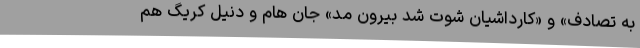
به تصادف» و «کارداشیان شوت شد بیرونِ مُد» جان هام و دنیل کریگ هم